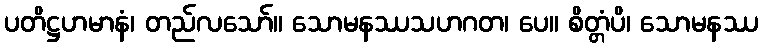
ပတိဋ္ဌဟမာနံ၊ တည်လသော်။ သောမနဿသဟဂတ၊ ပေ။ စိတ္တံပိ၊ သောမနဿ